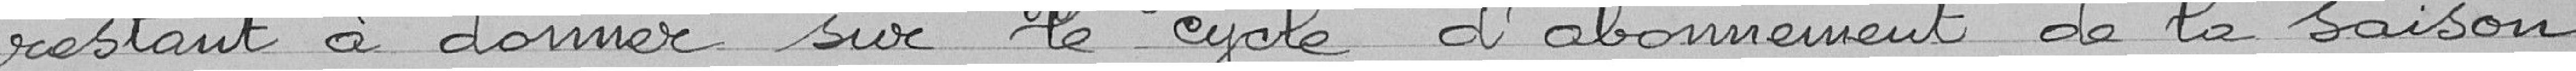
restant à donner sur le cycle d'abonnement de la saison